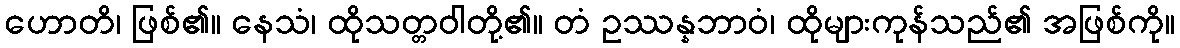
ဟောတိ၊ ဖြစ်၏။ နေသံ၊ ထိုသတ္တဝါတို့၏။ တံ ဥဿန္နဘာဝံ၊ ထိုများကုန်သည်၏ အဖြစ်ကို။